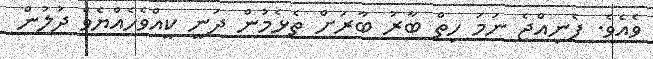
ވެއެވެ. ފެނިއްޖެ ނަމަ ހިތް ބާރު ބާރަށް ތެޅެމުން ދަނީ ކީއްވެހެއްޔެވެ ދުލުން